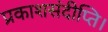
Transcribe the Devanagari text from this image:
प्रकाशसंदीप्ति।